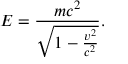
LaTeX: E = { \frac { m c ^ { 2 } } { \sqrt { 1 - { \frac { v ^ { 2 } } { c ^ { 2 } } } } } } .